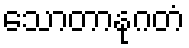
သောတာနုဂတံ